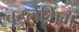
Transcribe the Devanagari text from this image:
बूट्लेगिंग